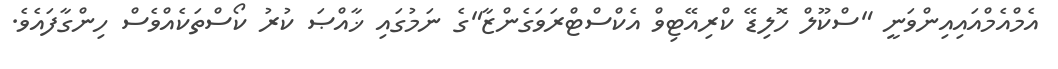
އެމްއެމްއައިއިންވަނީ "ސްކޫލް ހޮލިޑޭ ކްރިއޭޓިވް އެކްސްޓްރަވަގެންޒާ"ގެ ނަމުގައި ޚާއްޞަ ކުރު ކޯސްތަކެއްވެސް ހިންގާފައެވެ.